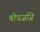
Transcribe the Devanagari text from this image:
थोधजजि